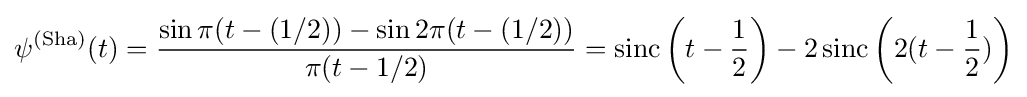
\psi ^{\text{(Sha)}}(t)={\frac {\sin \pi (t-(1/2))-\sin 2\pi (t-(1/2))}{\pi (t-1/2)}}=\operatorname {sinc} {\bigg (}t-{\frac {1}{2}}{\bigg )}-2\operatorname {sinc} {\bigg (}2(t-{\frac {1}{2}}){\bigg )}